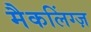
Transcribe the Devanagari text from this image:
मैकलिंग्ज़